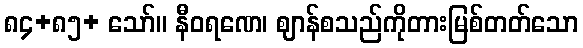
၈၄+၈၅+ သော်။ နီဝရဏေ၊ ဈာန်စသည်ကိုတားမြစ်တတ်သော